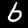
Digit: 6